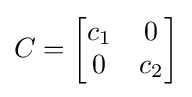
C={\begin{bmatrix}c_{1}&0\\0&c_{2}\end{bmatrix}}